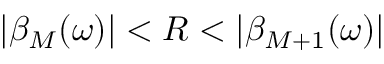
| \beta _ { M } ( \omega ) | < R < | \beta _ { M + 1 } ( \omega ) |